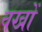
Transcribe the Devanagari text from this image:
वखों